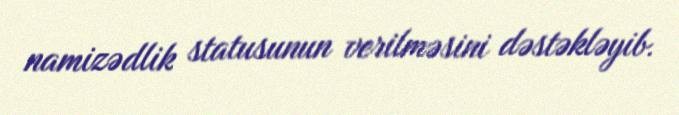
namizədlik statusunun verilməsini dəstəkləyib.